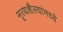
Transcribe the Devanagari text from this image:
नृत्यशैल्यांमध्ये